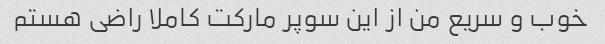
خوب و سریع من از این سوپر مارکت کاملا راضی هستم